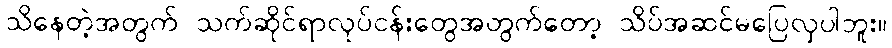
သိနေတဲ့အတွက် သက်ဆိုင်ရာလုပ်ငန်းတွေအတွက်တော့ သိပ်အဆင်မပြေလှပါဘူး။